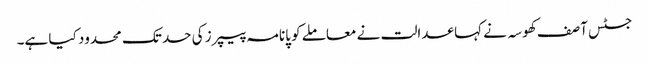
جسٹس آصف کھوسہ نے کہا عدالت نے معاملے کو پانامہ پیپرز کی حد تک محدود کیا ہے۔